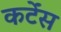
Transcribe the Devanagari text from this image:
कर्टेंस